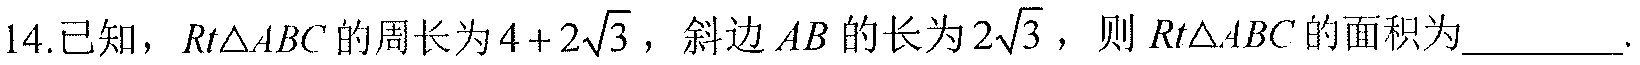
14.已知，\(Rt\triangle ABC\)的周长为\(4 + 2\sqrt{3}\)，斜边\(AB\)的长为\(2\sqrt{3}\)，则\(Rt\triangle ABC\)的面积为________.